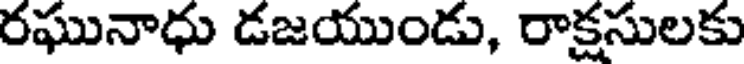
రఘునాధు డజయుండు, రాక్షసులకు